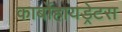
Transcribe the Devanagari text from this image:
कार्बोहायड्रेटस